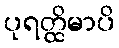
ပုရတ္ထိမာပိ